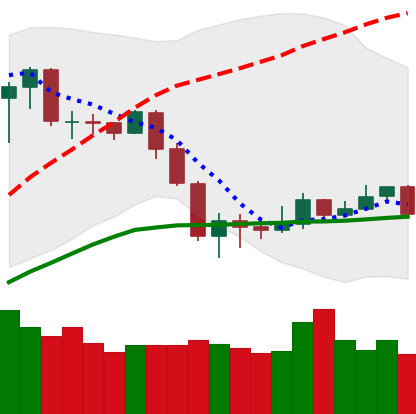
Ticker: NEO-USD
Chart end date: 2020-03-07
Forward return: -49.2%
Label: down_7plus